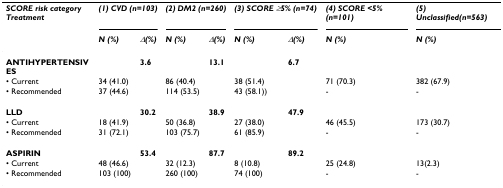
<table><thead><tr><td><b><i>SCORE risk category </i><i>Treatment</i></b></td><td colspan="2"><b><i>(1) CVD (n=103)</i></b></td><td colspan="2"><b><i>(2) DM2 (n=260)</i></b></td><td colspan="2"><b><i>(3) SCORE ≥5% (n=74)</i></b></td><td><b><i>(4) SCORE &lt;5% (n=101)</i></b></td><td><b><i>(5) Unclassified(n=563)</i></b></td></tr><tr><td></td><td><b><i>N (%)</i></b></td><td><b><i>Δ(%)</i></b></td><td><b><i>N (%)</i></b></td><td><b><i>Δ(%)</i></b></td><td><b><i>N (%)</i></b></td><td><b><i>Δ(%)</i></b></td><td><b><i>N (%)</i></b></td><td><b><i>N (%)</i></b></td></tr></thead><tbody><tr><td><b>ANTIHYPERTENSIVES</b></td><td></td><td><b>3.6</b></td><td></td><td><b>13.1</b></td><td></td><td><b>6.7</b></td><td></td><td></td></tr><tr><td>• Current</td><td>34 (41.0)</td><td></td><td>86 (40.4)</td><td></td><td>38 (51.4)</td><td></td><td>71 (70.3)</td><td>382 (67.9)</td></tr><tr><td>• Recommended</td><td>37 (44.6)</td><td></td><td>114 (53.5)</td><td></td><td>43 (58.1))</td><td></td><td>-</td><td>-</td></tr><tr><td><b>LLD</b></td><td></td><td><b>30.2</b></td><td></td><td><b>38.9</b></td><td></td><td><b>47.9</b></td><td></td><td></td></tr><tr><td>• Current</td><td>18 (41.9)</td><td></td><td>50 (36.8)</td><td></td><td>27 (38.0)</td><td></td><td>46 (45.5)</td><td>173 (30.7)</td></tr><tr><td>• Recommended</td><td>31 (72.1)</td><td></td><td>103 (75.7)</td><td></td><td>61 (85.9)</td><td></td><td>-</td><td>-</td></tr><tr><td><b>ASPIRIN</b></td><td></td><td><b>53.4</b></td><td></td><td><b>87.7</b></td><td></td><td><b>89.2</b></td><td></td><td></td></tr><tr><td>• Current</td><td>48 (46.6)</td><td></td><td>32 (12.3)</td><td></td><td>8 (10.8)</td><td></td><td>25 (24.8)</td><td>13(2.3)</td></tr><tr><td>• Recommended</td><td>103 (100)</td><td></td><td>260 (100)</td><td></td><td>74 (100)</td><td></td><td>-</td><td>-</td></tr></tbody></table>